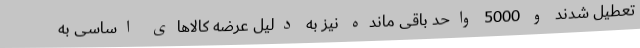
تعطیل شدند و 5000 واحد باقی مانده نیز به دلیل عرضه کالاهای اساسی به